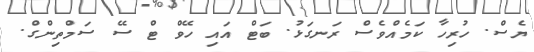
ޔެސް. ހުރިހާ ކަމެއްވެސް ރަނގަޅު. ބަޓް އައި ހޭވް ޓް ސޭ ސަމްތިންގް.